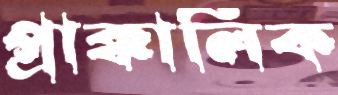
প্রাক্কালিক